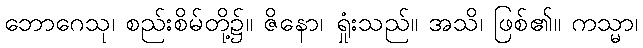
ဘောဂေသု၊ စည်းစိမ်တို့၌။ ဇိနော၊ ရှုံးသည်။ အသိ၊ ဖြစ်၏။ ကသ္မာ၊